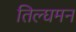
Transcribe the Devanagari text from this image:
तिल्घमन